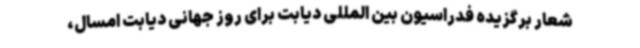
شعار برگزیده فدراسیون بین المللی دیابت برای روز جهانی دیابت امسال،